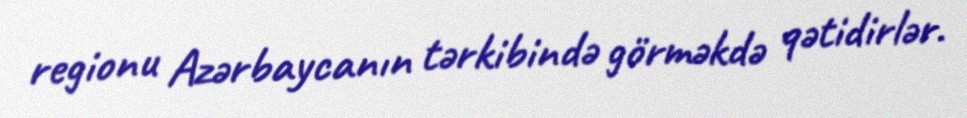
regionu Azərbaycanın tərkibində görməkdə qətidirlər.